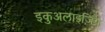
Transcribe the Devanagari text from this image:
इकुअलाइज़िंग